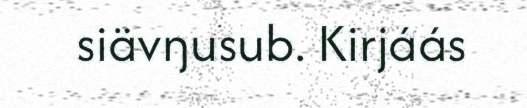
siävŋusub. Kirjáás